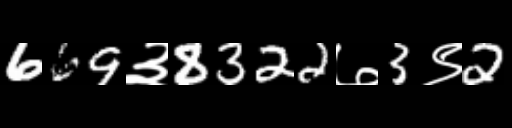
Text: 669३8322७3९2